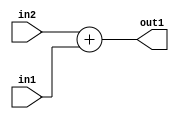
`timescale 1ps / 1ps
/*****************************************************************************
    Verilog RTL Description
    
    
    Created by: Stratus DpOpt 2019.1.01 
*******************************************************************************/

module avg_pool_Add_33Ux33U_33U_4 (
	in2,
	in1,
	out1
	); /* architecture "behavioural" */ 
input [32:0] in2,
	in1;
output [32:0] out1;
wire [32:0] asc001;

assign asc001 = 
	+(in2)
	+(in1);

assign out1 = asc001;
endmodule

/* CADENCE  urj3SA8= : u9/ySgnWtBlWxVPRXgAZ4Og= ** DO NOT EDIT THIS LINE ******/